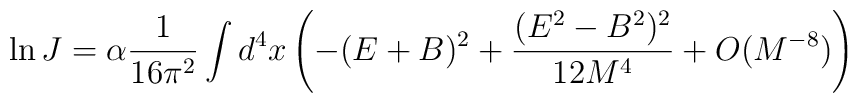
\ln J =  \alpha \frac{1}{16\pi^{2}} \int d^{4}x  \left( - (E + B)^{2} +     \frac{(E^{2} - B^{2})^{2}}{12 M^{4}}     + O(M^{-8}) \right)